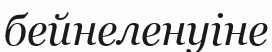
бейнеленуіне